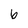
Character: 6